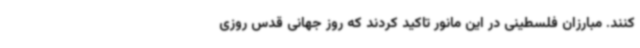
کنند. مبارزان فلسطینی در این مانور تاکید کردند که روز جهانی قدس روزی